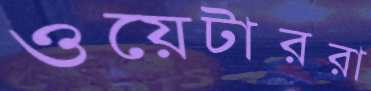
ওয়েটাররা